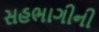
સહભાગીની